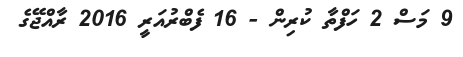
9 މަސް 2 ހަފްތާ ކުރިން - 16 ފެބްރުއަރީ 2016 ރާއްޖޭގެ